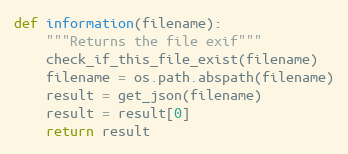
Language: Python
def information(filename):
    """Returns the file exif"""
    check_if_this_file_exist(filename)
    filename = os.path.abspath(filename)
    result = get_json(filename)
    result = result[0]
    return result